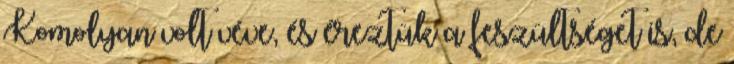
Komolyan volt véve, és éreztük a feszültséget is, de